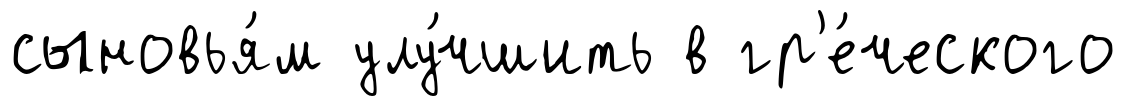
сыновья́м улу́чшить в гр'е́ческого